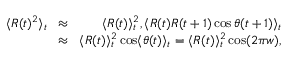
\begin{array} { r l r } { \langle R ( t ) ^ { 2 } \rangle _ { t } \! } & { \approx } & { \! \langle R ( t ) \rangle _ { t } ^ { 2 } , \langle R ( t ) R ( t + 1 ) \cos \theta ( t + 1 ) \rangle _ { t } } \\ { \! } & { \approx } & { \! \langle R ( t ) \rangle _ { t } ^ { 2 } \cos \langle \theta ( t ) \rangle _ { t } = \langle R ( t ) \rangle _ { t } ^ { 2 } \cos ( 2 \pi w ) , } \end{array}